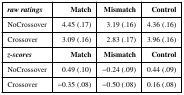
| raw ratings | Match | Mismatch | Control |
 | --- | --- | --- | --- |
 | NoCrossover | 4.45 (.17) | 3.19 (.16) | 4.36 (.16) |
 | Crossover | 3.09 (.16) | 2.83 (.17) | 3.96 (.16) |
 | z-scores | Match | Mismatch | Control |
 | NoCrossover | 0.49 (.10) | −0.24 (.09) | 0.44 (.09) |
 | Crossover | −0.35 (.08) | −0.50 (.08) | 0.16 (.08) |